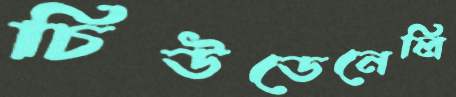
চিউডেনেলি